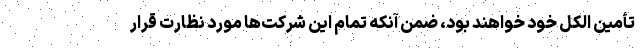
تأمین الکل خود خواهند بود، ضمن آنکه تمام این شرکت‌ها مورد نظارت قرار